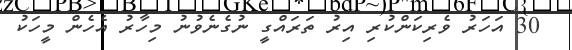
30 އަހަރު ވެރިކަންކުރި އިރު ތަރައްގީ ނުގެނެވުނު މިހާރު އެހެން މީހަކު